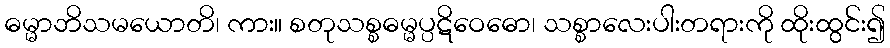
ဓမ္မာဘိသမယောတိ၊ ကား။ စတုသစ္စဓမ္မပ္ပဋိဝေဓော၊ သစ္စာလေးပါးတရားကို ထိုးထွင်း၍